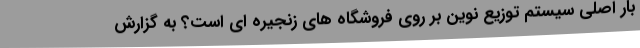
بار اصلی سیستم توزیع نوین بر روی فروشگاه های زنجیره ای است؟ به گزارش